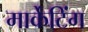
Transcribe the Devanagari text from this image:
मार्केंटिंग